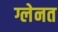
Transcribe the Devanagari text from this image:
ग्लेनत